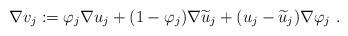
LaTeX: \begin{align*}\nabla v_{j}:=\varphi_{j}\nabla u_{j}+(1-\varphi_{j})\nabla\widetilde{u}_{j}+(u_{j}-\widetilde{u}_{j})\nabla\varphi_{j}~. \end{align*}